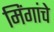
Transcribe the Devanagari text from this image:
मिंगांचे